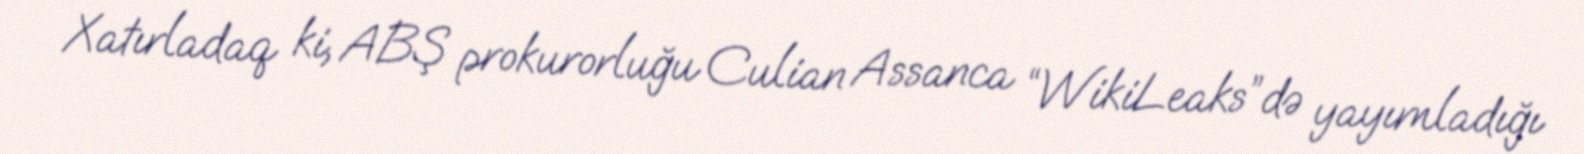
Xatırladaq ki, ABŞ prokurorluğu Culian Assanca “WikiLeaks”də yayımladığı